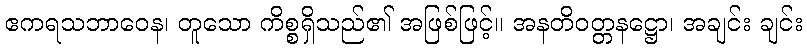
ဧကရသဘာဝေန၊ တူသော ကိစ္စရှိသည်၏ အဖြစ်ဖြင့်။ အနတိဝတ္တနဋ္ဌော၊ အချင်း ချင်း